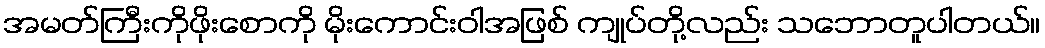
အမတ်ကြီးကိုဖိုးစောကို မိုးကောင်းဝါအဖြစ် ကျုပ်တို့လည်း သဘောတူပါတယ်။